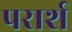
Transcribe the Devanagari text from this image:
परार्श